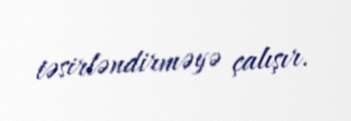
təsirləndirməyə çalışır.